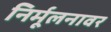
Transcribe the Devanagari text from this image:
निर्मूलनावर